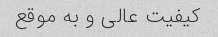
کیفیت عالی و به موقع